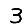
Digit: 3